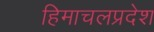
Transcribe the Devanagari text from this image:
हिमाचलप्रदेश